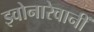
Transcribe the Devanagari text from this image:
झ्वोनारेवानीं